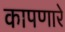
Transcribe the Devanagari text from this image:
कापणारे